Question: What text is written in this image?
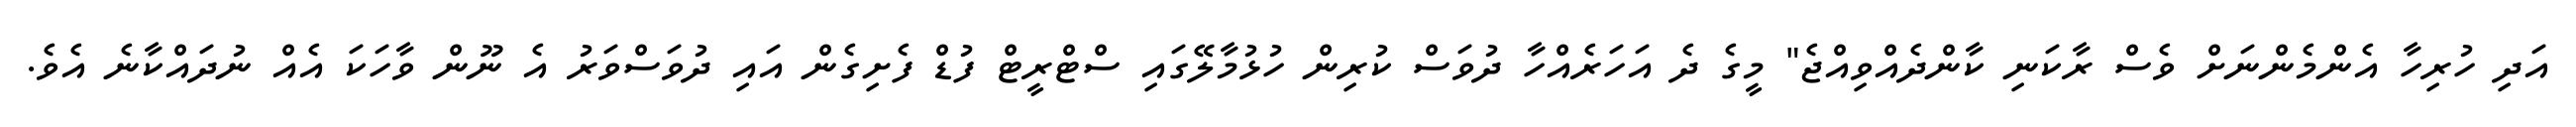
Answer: އަދި ހުރިހާ އެންމެންނަށް ވެސް ރާކަނި ކާންދެއްވިއްޖެ" މީގެ ދެ އަހަރެއްހާ ދުވަސް ކުރިން ހުޅުމާލޭގައި ސްޓްރީޓް ފުޑް ފެށިގެން އައި ދުވަސްވަރު އެ ނޫން ވާހަކަ އެއް ނުދައްކާނެ އެވެ.